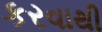
કરવાથી